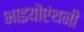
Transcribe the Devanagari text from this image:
भाइयोंएंथनी